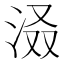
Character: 𪵽